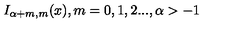
I _ { \alpha + m , m } ( x ) , m = 0 , 1 , 2 . . . , \alpha > - 1